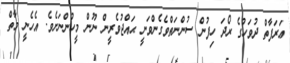
ޢަރަފާތް ދުވަހުގެ ރޯދަ ހިފުން ސުންނަތްވެގެންވަނީ ޙައްޖުވެރީން ނޫން މީހުންނަށެވެ. އެހެނީ މާތް